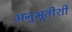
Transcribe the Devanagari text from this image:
अनुभूतीशी